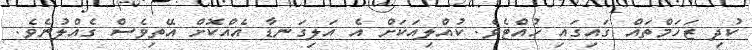
ކުދި ޒަހަމްތައް ގައިގައި ހުއްޓެވެ. ކުއްލިއަކަށް އެ އަލިގަނޑާ އެއްކޮށް އޭތިވެސް ގެއްލުނެވެ.